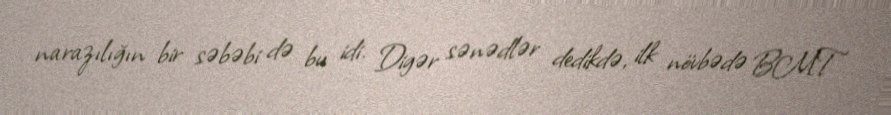
narazılığın bir səbəbi də bu idi. Digər sənədlər dedikdə, ilk növbədə BMT